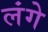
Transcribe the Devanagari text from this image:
लंगे